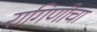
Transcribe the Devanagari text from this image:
रागिणीचा